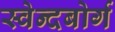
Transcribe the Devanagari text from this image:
स्वेन्दबोर्ग